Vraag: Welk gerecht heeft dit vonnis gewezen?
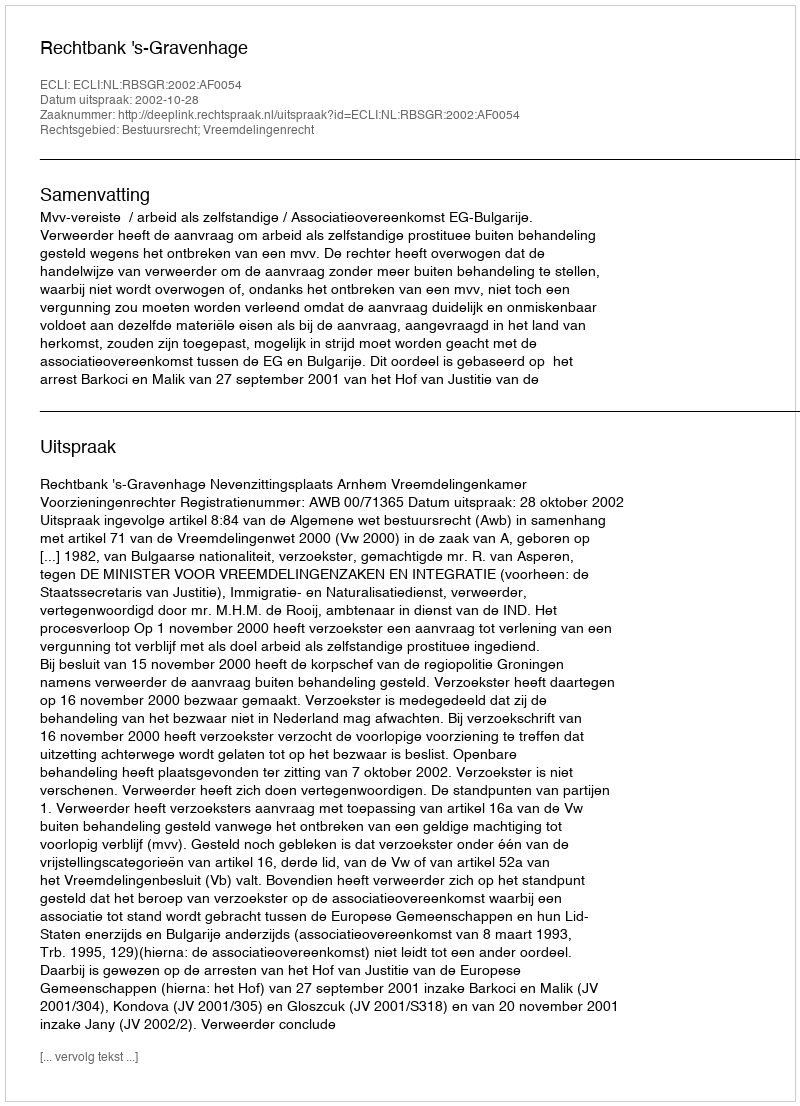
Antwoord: Rechtbank 's-Gravenhage